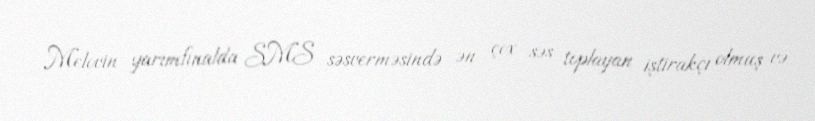
Melovin yarımfinalda SMS səsverməsində ən çox səs toplayan iştirakçı olmuş və